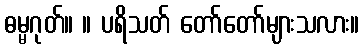
ဓမ္မဂုတ်။ ။ ပရိသတ် တော်တော်များသလား။